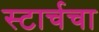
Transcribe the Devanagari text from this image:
स्टार्चचा